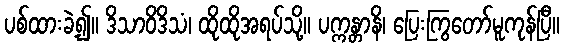
ပစ်ထားခဲ့၍။ ဒိသာဝိဒိသံ၊ ထိုထိုအရပ်သို့။ ပက္ကန္တာနိ၊ ပြေးကြွတော်မူကုန်ပြီ။